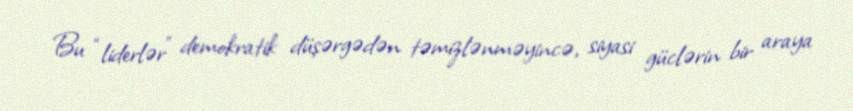
Bu “liderlər” demokratik düşərgədən təmizlənməyincə, siyasi güclərin bir araya